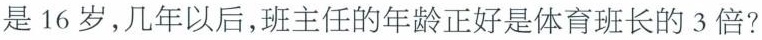
是16岁，几年以后，班主任的年龄正好是体育班长的3倍?